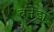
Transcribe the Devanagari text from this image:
बनेडा